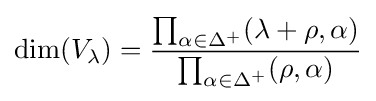
\dim(V_{\lambda })={\prod _{\alpha \in \Delta ^{+}}(\lambda +\rho ,\alpha ) \over \prod _{\alpha \in \Delta ^{+}}(\rho ,\alpha )}